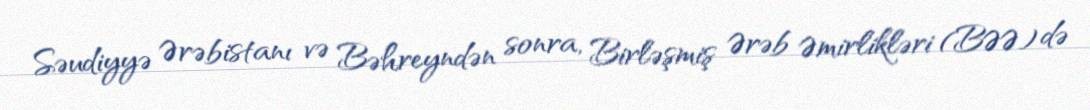
Səudiyyə Ərəbistanı və Bəhreyndən sonra, Birləşmiş Ərəb Əmirlikləri (BƏƏ) də